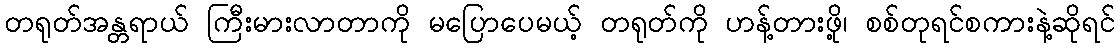
တရုတ်အန္တရာယ် ကြီးမားလာတာကို မပြောပေမယ့် တရုတ်ကို ဟန့်တားဖို့၊ စစ်တုရင်စကားနဲ့ဆိုရင်